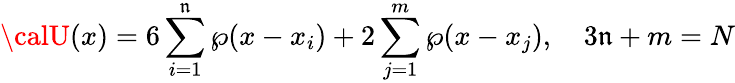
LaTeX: {\calU}(x)=6\sum_{i=1}^{\mathfrak{n}}\wp(x-x_{i})+2\sum_{j=1}^{m}\wp(x-x_{j}),\quad3\mathfrak{n}+m=N